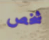
شخص